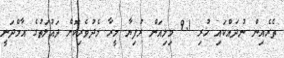
ތެރެއިން ނުދައްކައި ހުރި 9.1 މިލިއަން ރުފިޔާ މީރާ މެދުވެރިކޮށް ދައުލަތުގެ އާމްދަނީ